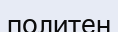
политен